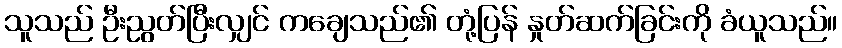
သူသည် ဦးညွတ်ပြီးလျှင် ကချေသည်၏ တုံ့ပြန် နှုတ်ဆက်ခြင်းကို ခံယူသည်။